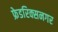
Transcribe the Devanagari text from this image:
फ्रेडरिक्सनगर